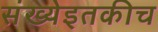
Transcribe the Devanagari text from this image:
संख्येइतकीच